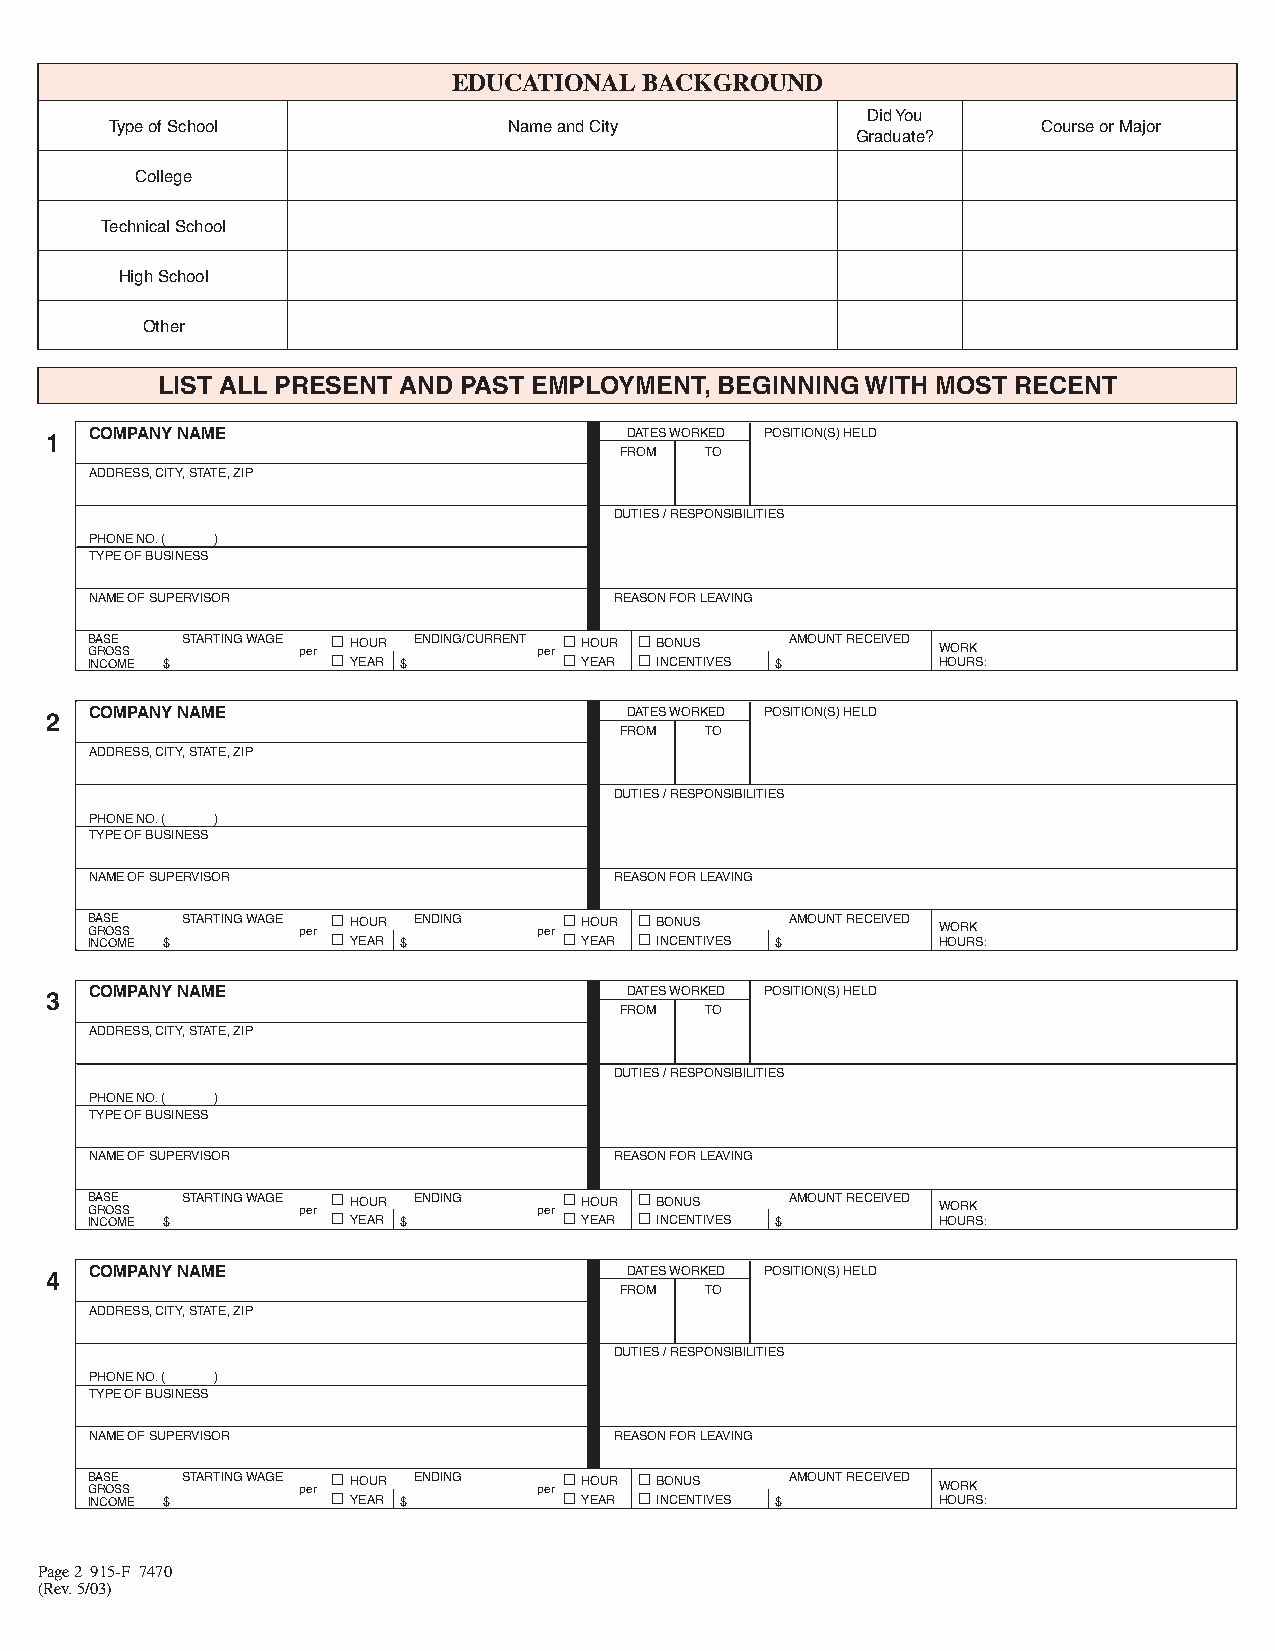
EDUCATIONAL  BACKGROUND
 Did You
 Type of School             Name and City                      Course or Major
 Graduate?
 College
 Technical School
 High School
 Other
 LIST ALL PRESENT AND PAST EMPLOYMENT,BEGINNING WITH MOST RECENT
 1  COMPANY NAME                       DATES WORKED POSITION(S) HELD
 FROM  TO
 ADDRESS, CITY, STATE, ZIP
 DUTIES / RESPONSIBILITIES
 PHONE NO.( )
 TYPE OF BUSINESS
 NAME OF SUPERVISOR                 REASON FOR LEAVING
 B G INA R CS O OE S MS
 E  $
 STARTING WAGE per □ □H YEO AU RR
 $
 ENDING/CURRENT per □ □H YEO AU RR □ □B INO CN EU NS
 TIVES $
 AMOUNT RECEIVED W HOO UR RK
 S:
 2  COMPANY NAME                       DATES WORKED POSITION(S) HELD
 FROM  TO
 ADDRESS, CITY, STATE, ZIP
 DUTIES / RESPONSIBILITIES
 PHONE NO.( )
 TYPE OF BUSINESS
 NAME OF SUPERVISOR                 REASON FOR LEAVING
 B G INA R CS O OE S MS
 E  $
 STARTING WAGE per □ □H YEO AU RR
 $
 ENDING   per □ □H YEO AU RR □ □B INO CN EU NS
 TIVES $
 AMOUNT RECEIVED W HOO UR RK
 S:
 3  COMPANY NAME                       DATES WORKED POSITION(S) HELD
 FROM  TO
 ADDRESS, CITY, STATE, ZIP
 DUTIES / RESPONSIBILITIES
 PHONE NO.( )
 TYPE OF BUSINESS
 NAME OF SUPERVISOR                 REASON FOR LEAVING
 B G INA R CS O OE S MS
 E  $
 STARTING WAGE per □ □H YEO AU RR
 $
 ENDING   per □ □H YEO AU RR □ □B INO CN EU NS
 TIVES $
 AMOUNT RECEIVED W HOO UR RK
 S:
 4  COMPANY NAME                       DATES WORKED POSITION(S) HELD
 FROM  TO
 ADDRESS, CITY, STATE, ZIP
 DUTIES / RESPONSIBILITIES
 PHONE NO.( )
 TYPE OF BUSINESS
 NAME OF SUPERVISOR                 REASON FOR LEAVING
 B G INA R CS O OE S MS
 E  $
 STARTING WAGE per □ □H YEO AU RR
 $
 ENDING   per □ □H YEO AU RR □ □B INO CN EU NS
 TIVES $
 AMOUNT RECEIVED W HOO UR RK
 S:
 Page 2 915-F 7470
 (Rev. 5/03)